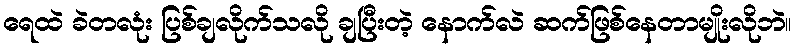
ရေထဲ ခဲတလုံး ပြစ်ချလိုက်သလို ချပြီးတဲ့ နောက်လဲ ဆက်ဖြစ်နေတာမျိုးလိုဘဲ။